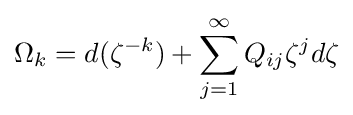
\Omega _{k}=d(\zeta ^{-k})+\sum _{j=1}^{\infty }Q_{ij}\zeta ^{j}d\zeta